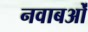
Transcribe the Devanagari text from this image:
नवाबओं